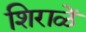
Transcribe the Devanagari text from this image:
शिराळें